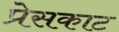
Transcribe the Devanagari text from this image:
प्रेसकाट